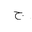
Letter: _gim